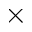
\times